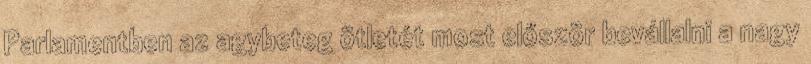
Parlamentben az agybeteg ötletét most először bevállalni a nagy